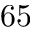
6 5